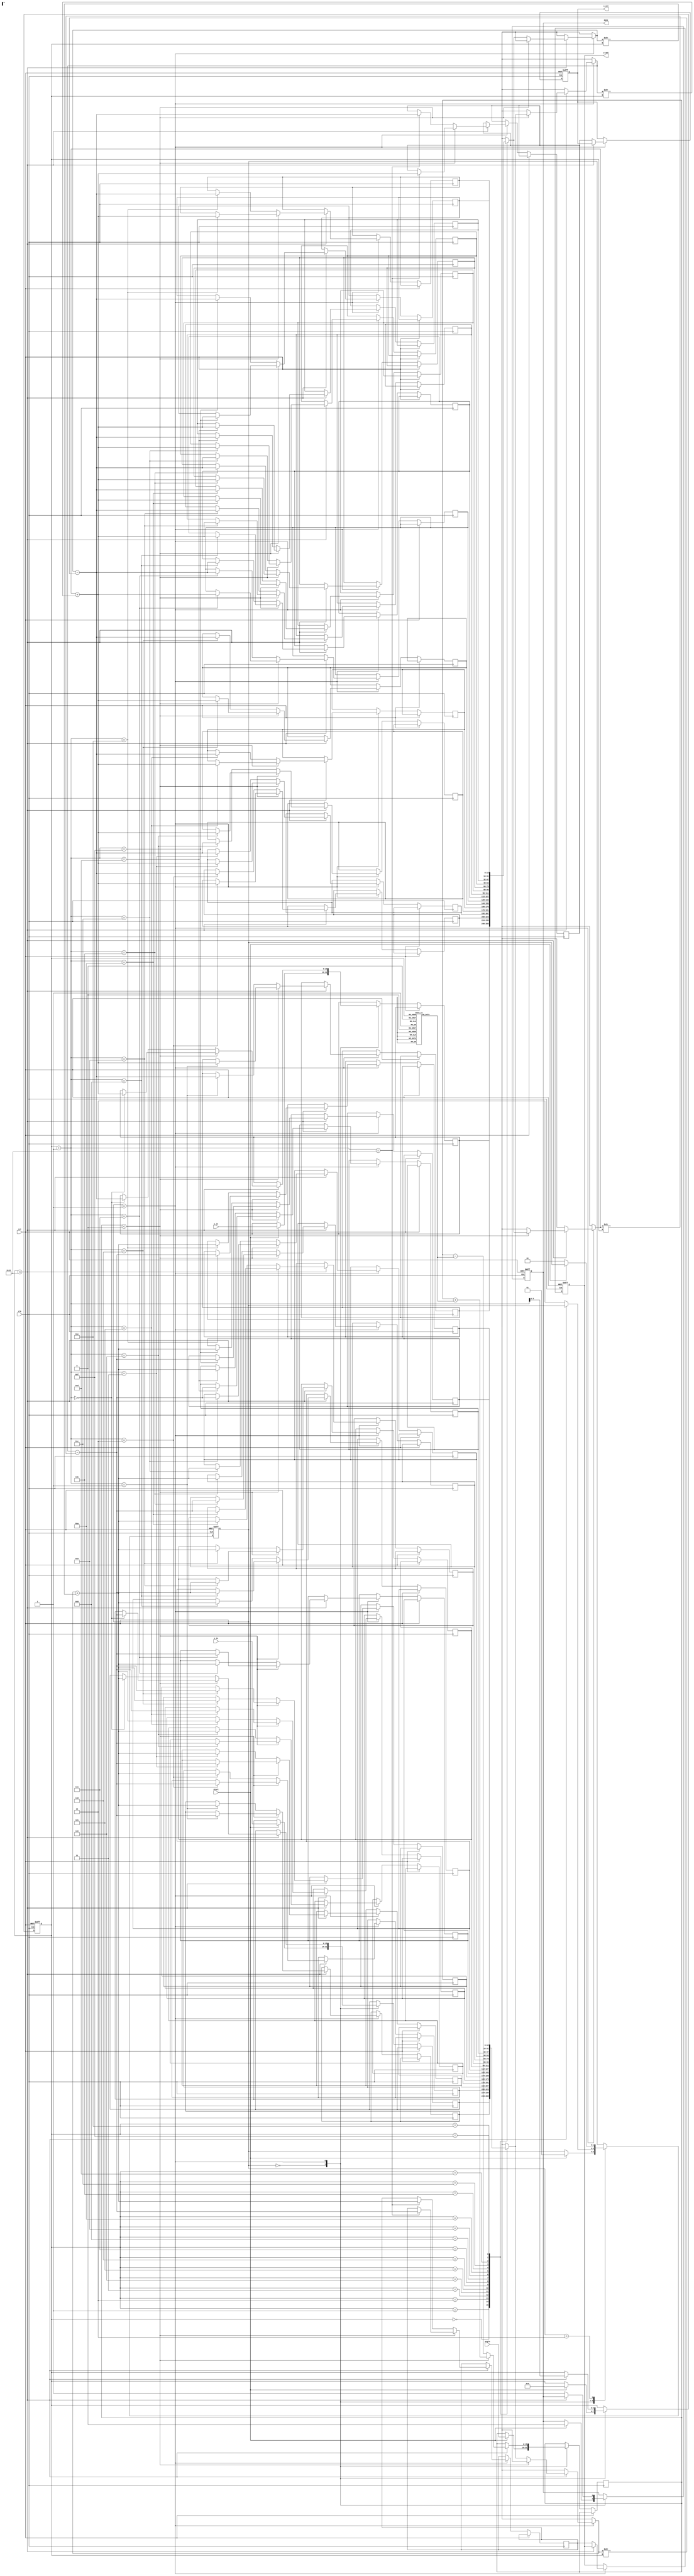
module cordic (
    input wire clk,
    input wire rst,
    input wire [15:0] angle, // Input angle in radians (16-bit)
    input wire [15:0] x_in,   // Input x coordinate (16-bit)
    input wire [15:0] y_in,   // Input y coordinate (16-bit)
    input wire start,         // Start signal for computation
    output reg [15:0] x_out,  // Output x coordinate (16-bit)
    output reg [15:0] y_out,  // Output y coordinate (16-bit)
    output reg done           // Done signal
);

    // CORDIC parameters
    parameter NUM_ITERATIONS = 16;
    reg [15:0] atan_lut [0:NUM_ITERATIONS-1]; // Lookup table for arctangent values
    reg [15:0] x [0:NUM_ITERATIONS];           // Intermediate x values
    reg [15:0] y [0:NUM_ITERATIONS];           // Intermediate y values
    reg [15:0] angle_reg;                       // Current angle
    reg [3:0] iteration;                        // Iteration counter
    reg [1:0] state;                           // State machine for control

    // State definitions
    localparam IDLE = 2'b00;
    localparam COMPUTE = 2'b01;
    localparam DONE = 2'b10;

    // Initialize the arctangent LUT
    initial begin
        atan_lut[0] = 16'h2000; // atan(2^-0) = 0.7854 (approx)
        atan_lut[1] = 16'h1000; // atan(2^-1) = 0.4636 (approx)
        atan_lut[2] = 16'h0800; // atan(2^-2) = 0.2449 (approx)
        // ... Initialize remaining LUT values
        atan_lut[3] = 16'h0400; // atan(2^-3)
        atan_lut[4] = 16'h0200; // atan(2^-4)
        atan_lut[5] = 16'h0100; // atan(2^-5)
        atan_lut[6] = 16'h0080; // atan(2^-6)
        atan_lut[7] = 16'h0040; // atan(2^-7)
        atan_lut[8] = 16'h0020; // atan(2^-8)
        atan_lut[9] = 16'h0010; // atan(2^-9)
        atan_lut[10] = 16'h0008; // atan(2^-10)
        atan_lut[11] = 16'h0004; // atan(2^-11)
        atan_lut[12] = 16'h0002; // atan(2^-12)
        atan_lut[13] = 16'h0001; // atan(2^-13)
        atan_lut[14] = 16'h0000; // atan(2^-14)
        atan_lut[15] = 16'h0000; // atan(2^-15)
    end

    // Control logic
    always @(posedge clk or posedge rst) begin
        if (rst) begin
            state <= IDLE;
            done <= 0;
            iteration <= 0;
            x_out <= 0;
            y_out <= 0;
        end else begin
            case (state)
                IDLE: begin
                    if (start) begin
                        x[0] <= x_in;
                        y[0] <= y_in;
                        angle_reg <= angle;
                        iteration <= 0;
                        state <= COMPUTE;
                        done <= 0;
                    end
                end
                COMPUTE: begin
                    if (iteration < NUM_ITERATIONS) begin
                        if (angle_reg < 0) begin
                            x[iteration + 1] <= x[iteration] + (y[iteration] >> iteration);
                            y[iteration + 1] <= y[iteration] - (x[iteration] >> iteration);
                            angle_reg <= angle_reg + atan_lut[iteration];
                        end else begin
                            x[iteration + 1] <= x[iteration] - (y[iteration] >> iteration);
                            y[iteration + 1] <= y[iteration] + (x[iteration] >> iteration);
                            angle_reg <= angle_reg - atan_lut[iteration];
                        end
                        iteration <= iteration + 1;
                    end else begin
                        x_out <= x[NUM_ITERATIONS];
                        y_out <= y[NUM_ITERATIONS];
                        done <= 1;
                        state <= DONE;
                    end
                end
                DONE: begin
                    if (!start) begin
                        state <= IDLE;
                    end
                end
            endcase
        end
    end

endmodule